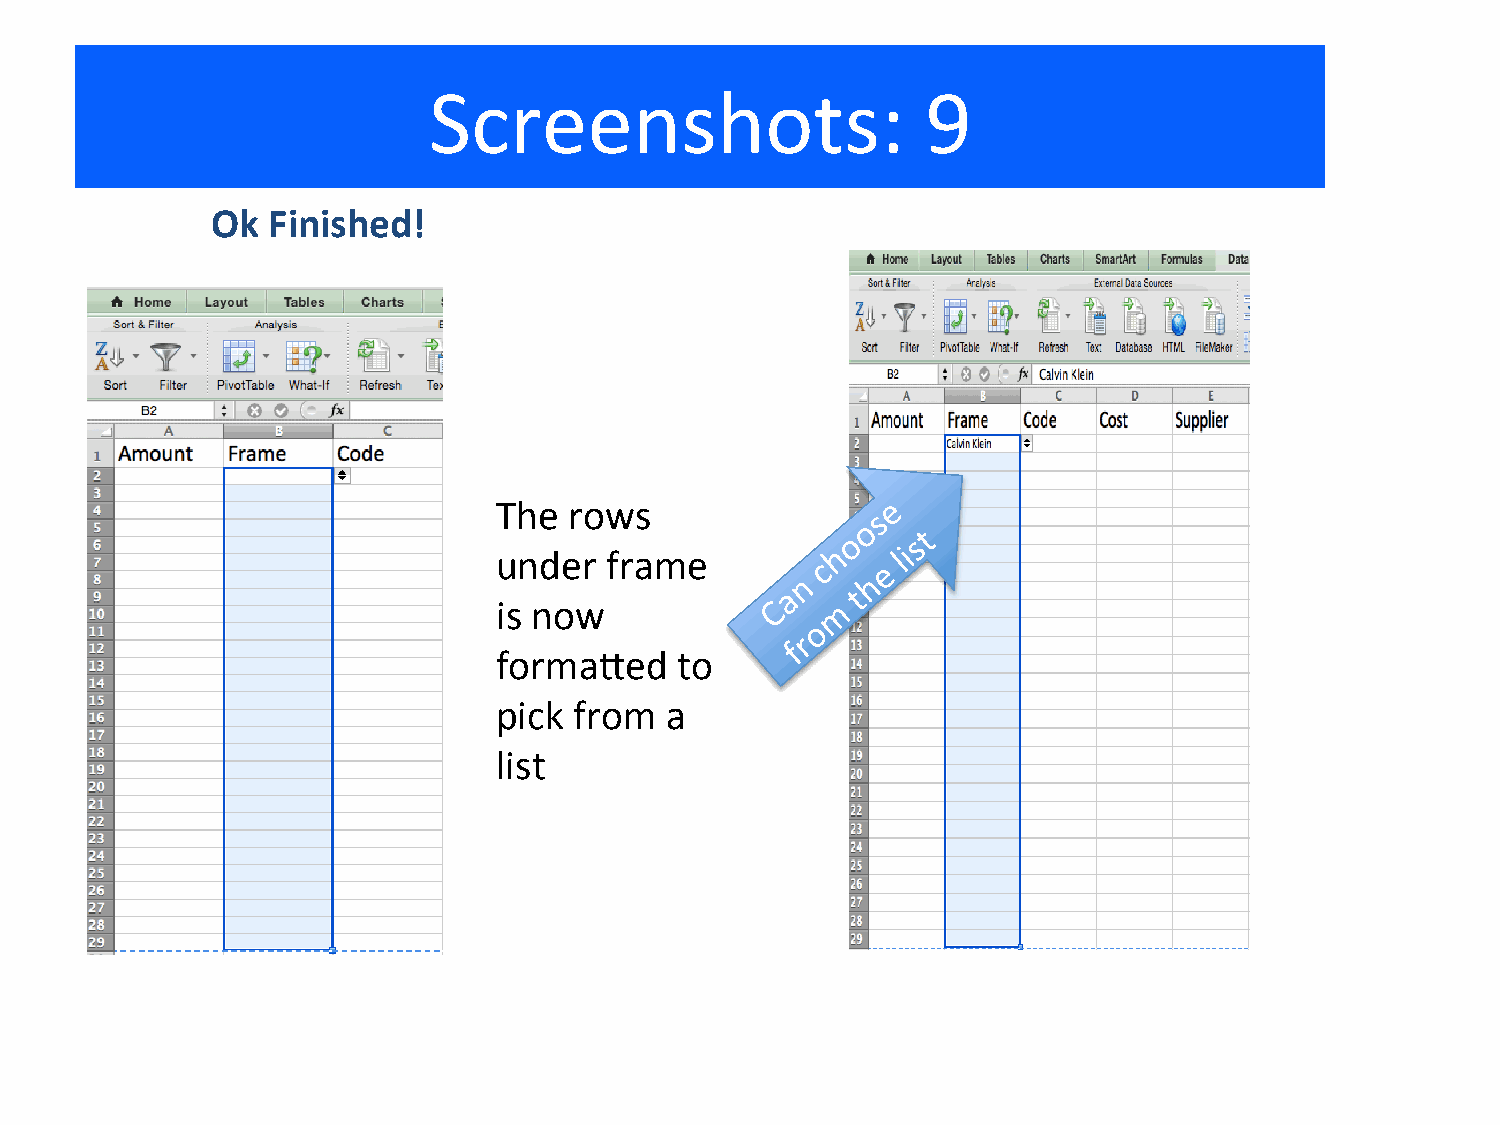
Screenshots:                     9
 Ok  Finished!
 The  rows
 under  frame
 is now
 forma_ed    to
 pick from  a
 list